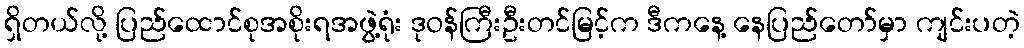
ရှိတယ်လို့ ပြည်ထောင်စုအစိုးရအဖွဲ့ရုံး ဒုဝန်ကြီးဦးတင်မြင့်က ဒီကနေ့ နေပြည်တော်မှာ ကျင်းပတဲ့